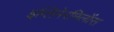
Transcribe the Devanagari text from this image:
इग्लिमेरमिलॉस